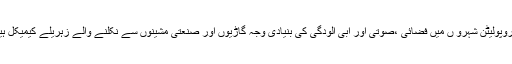
میٹروپولیٹن شہرو ں میں فضائی ،صوتی اور آبی آلودگی کی بنیادی وجہ گاڑیوں اور صنعتی مشینوں سے نکلنے والے زہریلے کیمیکل ہیں ۔